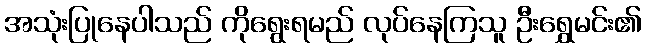
အသုံးပြုနေပါသည် ကိုရွေးရမည် လုပ်နေကြသူ ဦးရွှေမင်း၏